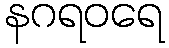
နဂရဝရေ